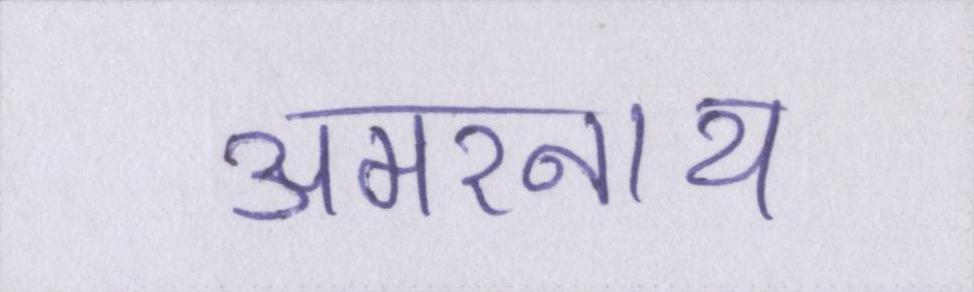
अमरनाथ